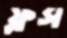
ফ্লস